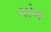
ગોખ